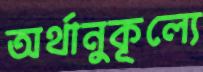
অর্থানুকূল্যে